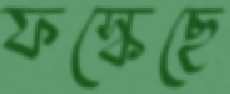
ফস্‌কেছে